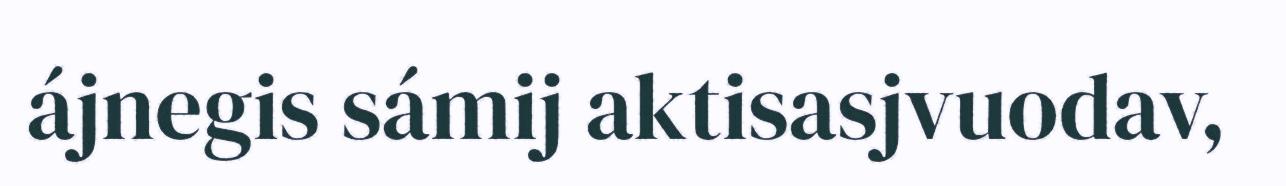
ájnegis sámij aktisasjvuodav,